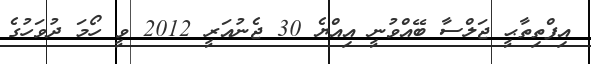
އިފްތިތާޙީ ޖަލްސާ ބޭއްވުނީ އިއްޔެ 30 ޖެނުއަރީ 2012 ވީ ހޯމަ ދުވަހުގެ